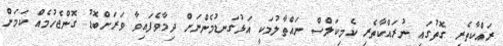
ރައްކާތެރި ގޮތުގައި ނުރައްކާތެރި ކެމިކަލްސް ނައްތާލުމަކީ އަޅުގަނޑުމެންނަށް ދިމާވެފައިވާ ވަރަށްބޮޑު ގޮންޖެހުމެއް ކަމަށް